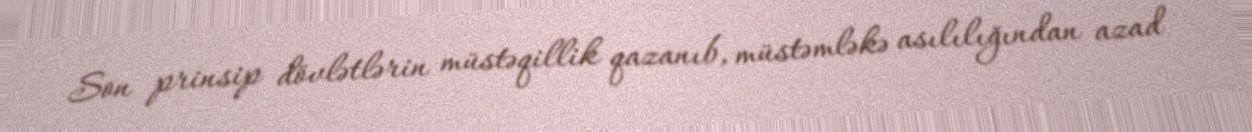
Son prinsip dövlətlərin müstəqillik qazanıb, müstəmləkə asılılığından azad